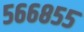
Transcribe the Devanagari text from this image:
५६६८५५